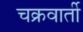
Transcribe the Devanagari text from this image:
चक्रवार्ती